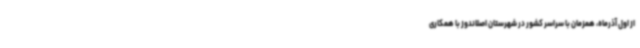
از اول آذرماه، همزمان با سراسر کشور در شهرستان اصلاندوز با همکاری